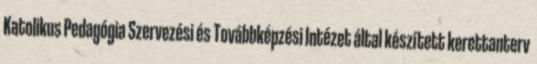
Katolikus Pedagógia Szervezési és Továbbképzési Intézet által készített kerettanterv